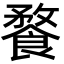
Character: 𩝕